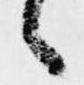
々